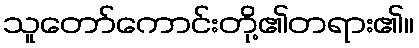
သူတော်ကောင်းတို့၏တရား၏။